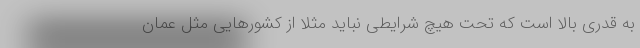
به قدری بالا است که تحت هیچ شرایطی نباید مثلا از کشورهایی مثل عمان